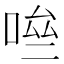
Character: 𠴧